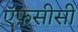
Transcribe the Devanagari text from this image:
ऍफ़सीसी